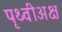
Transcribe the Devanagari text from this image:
पृथ्वीअक्ष